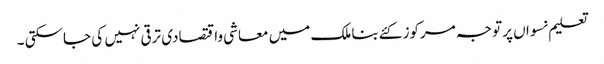
تعلیم نسواں پر توجہ مرکوز کئےبنا ملک میں معاشی واقتصادی ترقی نہیں کی جاسکتی ۔